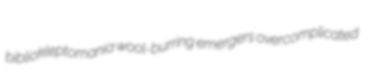
bibliokleptomania wool-burring emergers overcomplicated